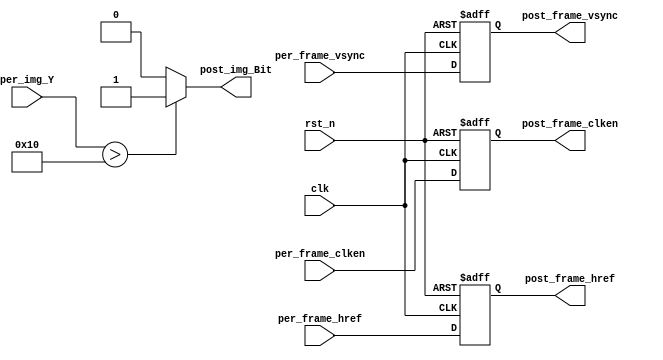
`timescale 1ns / 1ps
//////////////////////////////////////////////////////////////////////////////////
// Company: 
// Engineer: 
// 
// Design Name: 
// Module Name: Binary
// Project Name: 
// Target Devices: 
// Tool Versions: 
// Description: 
// 
// Dependencies: 
// 
// Revision:
// Revision 0.01 - File Created
// Additional Comments:
// 
//////////////////////////////////////////////////////////////////////////////////


module Binary
(
		//global clock
		input					clk,  				//cmos video pixel clock
		input					rst_n,				//global reset
	
		//Image data prepred to be processd
		input					per_frame_vsync,	//Prepared Image data vsync valid signal
		input					per_frame_href,		//Prepared Image data href vaild  signal
		input					per_frame_clken,	//Prepared Image data output/capture enable clock
		input		[7:0]		per_img_Y,			//Prepared Image brightness input
		
		//Image data has been processd
		output	reg				post_frame_vsync,	//Processed Image data vsync valid signal
		output	reg				post_frame_href,	//Processed Image data href vaild  signal
		output	reg				post_frame_clken,	//Processed Image data output/capture enable clock
		output					post_img_Bit			//Processed Image Bit flag outout(1: Value, 0:inValid)
		
);

	// step1
	// always @(posedge clk or negedge rst_n) begin
		// if(!rst_n) 
			// post_img_Bit <= 1'b0;
		// else if(per_img_Y > 128) 
			// post_img_Bit <= 1'b0;
		// else
			// post_img_Bit <= 1'b1;
	// end
	assign post_img_Bit = (per_img_Y > 16)?1'b1:1'b0;
	
	
	//------------------------------------------
	//lag 1 clocks signal sync  
	always@(posedge clk or negedge rst_n)begin
		if(!rst_n)
			begin
				post_frame_vsync <= 1'b0;
				post_frame_href  <= 1'b0;
				post_frame_clken <= 1'b0;
			end
		else
			begin
				post_frame_vsync <= per_frame_vsync;
				post_frame_href  <= per_frame_href;
				post_frame_clken <= per_frame_clken;
			end
	end
	
	
endmodule